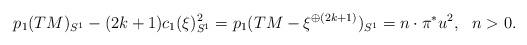
LaTeX: \begin{align*}p_1(TM)_{S^1}-(2k+1)c_1(\xi)^2_{S^1}=p_1(TM- \xi^{\oplus (2k+1)})_{S^1}=n\cdot \pi^\ast u^2, \ \ n>0.\end{align*}